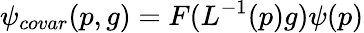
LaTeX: \psi_{covar}(p,g)=F(L^{-1}(p)g)\psi(p)